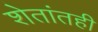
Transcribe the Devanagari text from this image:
शेतांतही